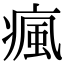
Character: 瘋